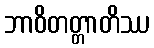
ဘာဝိတတ္တာတိဿ